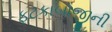
ફટકાબાજીની